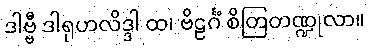
ဒါဗ္ဗီ ဒါရုဟလိဒ္ဒါ ထ၊ ဗိဠင်္ဂံ စိတြတဏ္ဍုလာ။